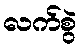
လက်စွဲ